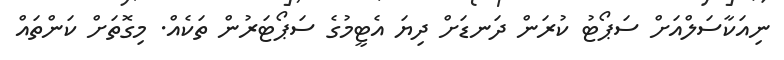
ނިއަކާސަލްއަށް ސަޕޯޓު ކުރަން ދަނޑަށް ދިޔަ އެޓީމުގެ ސަޕޯޓަރުން ތަކެއް. މިގޮތަށް ކަންތައް